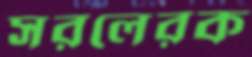
সরলেরক